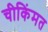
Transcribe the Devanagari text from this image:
चीकिंमत